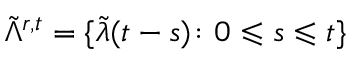
\tilde { \Lambda } ^ { r , t } = \{ \tilde { \lambda } ( t - s ) \colon 0 \leqslant s \leqslant t \}